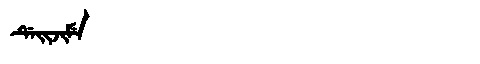
Manchu: ᡩᡝᡳᠵᡳᠮᡝ
Romanization: DEIJIME